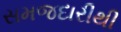
સમજદારીથી